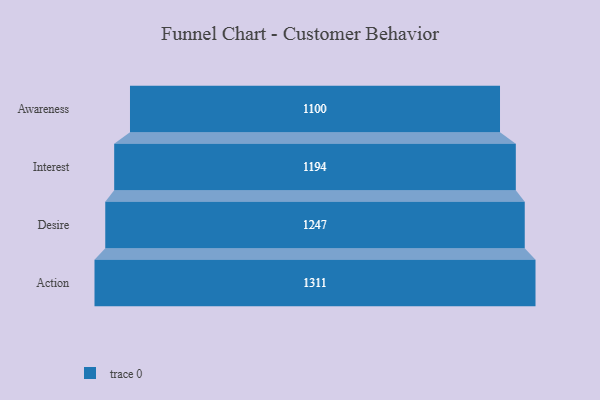
{"axis": {"x": "Stage", "y": "Value"}, "legend": [""], "data": [{"x": "Awareness", "y": 1100.0, "type": ""}, {"x": "Interest", "y": 1194.0, "type": ""}, {"x": "Desire", "y": 1247.0, "type": ""}, {"x": "Action", "y": 1311.0, "type": ""}]}